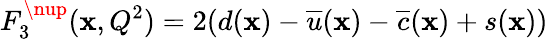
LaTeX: F_{3}^{\nup}(\mathbf{x},Q^{2})=2(d(\mathbf{x})-\overline{{{{u}}}}(\mathbf{x})-\overline{{{{c}}}}(\mathbf{x})+s(\mathbf{x}))